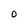
Character: 0